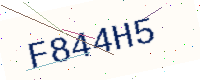
Text: F844H5